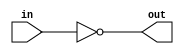
// This program was cloned from: https://github.com/lvyitian/public_personal_files
// License: Creative Commons Zero v1.0 Universal

module TC_Not(in, out);
    parameter UUID = 0;
    parameter NAME = "";
    parameter BIT_WIDTH = 1;
    input [BIT_WIDTH-1:0] in;
    output [BIT_WIDTH-1:0] out;
    
    assign out = ~in;
endmodule